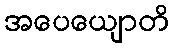
အပေယျောတိ